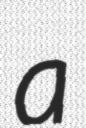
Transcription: a